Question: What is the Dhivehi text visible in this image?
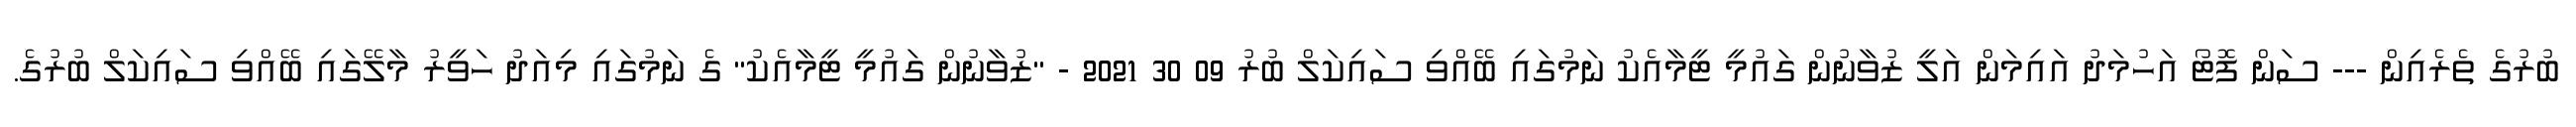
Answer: ބުރުގެ ތެރެއިން --- ސަން ފޮޓޯ އަހުމަދު އައިމަން އަލީ ޒުވާނުން ގައުމީ ޓީމާއެކު ނަމުގައި ބޭއްވި ސައިކަލް ބުރު 09 30 2021 - "ޒުވާނުން ގައުމީ ޓީމާއެކު" ގެ ނަމުގައި މިއަދު ހަވީރު މާލޭގައި ބޭއްވި ސައިކަލް ބުރުގެ.